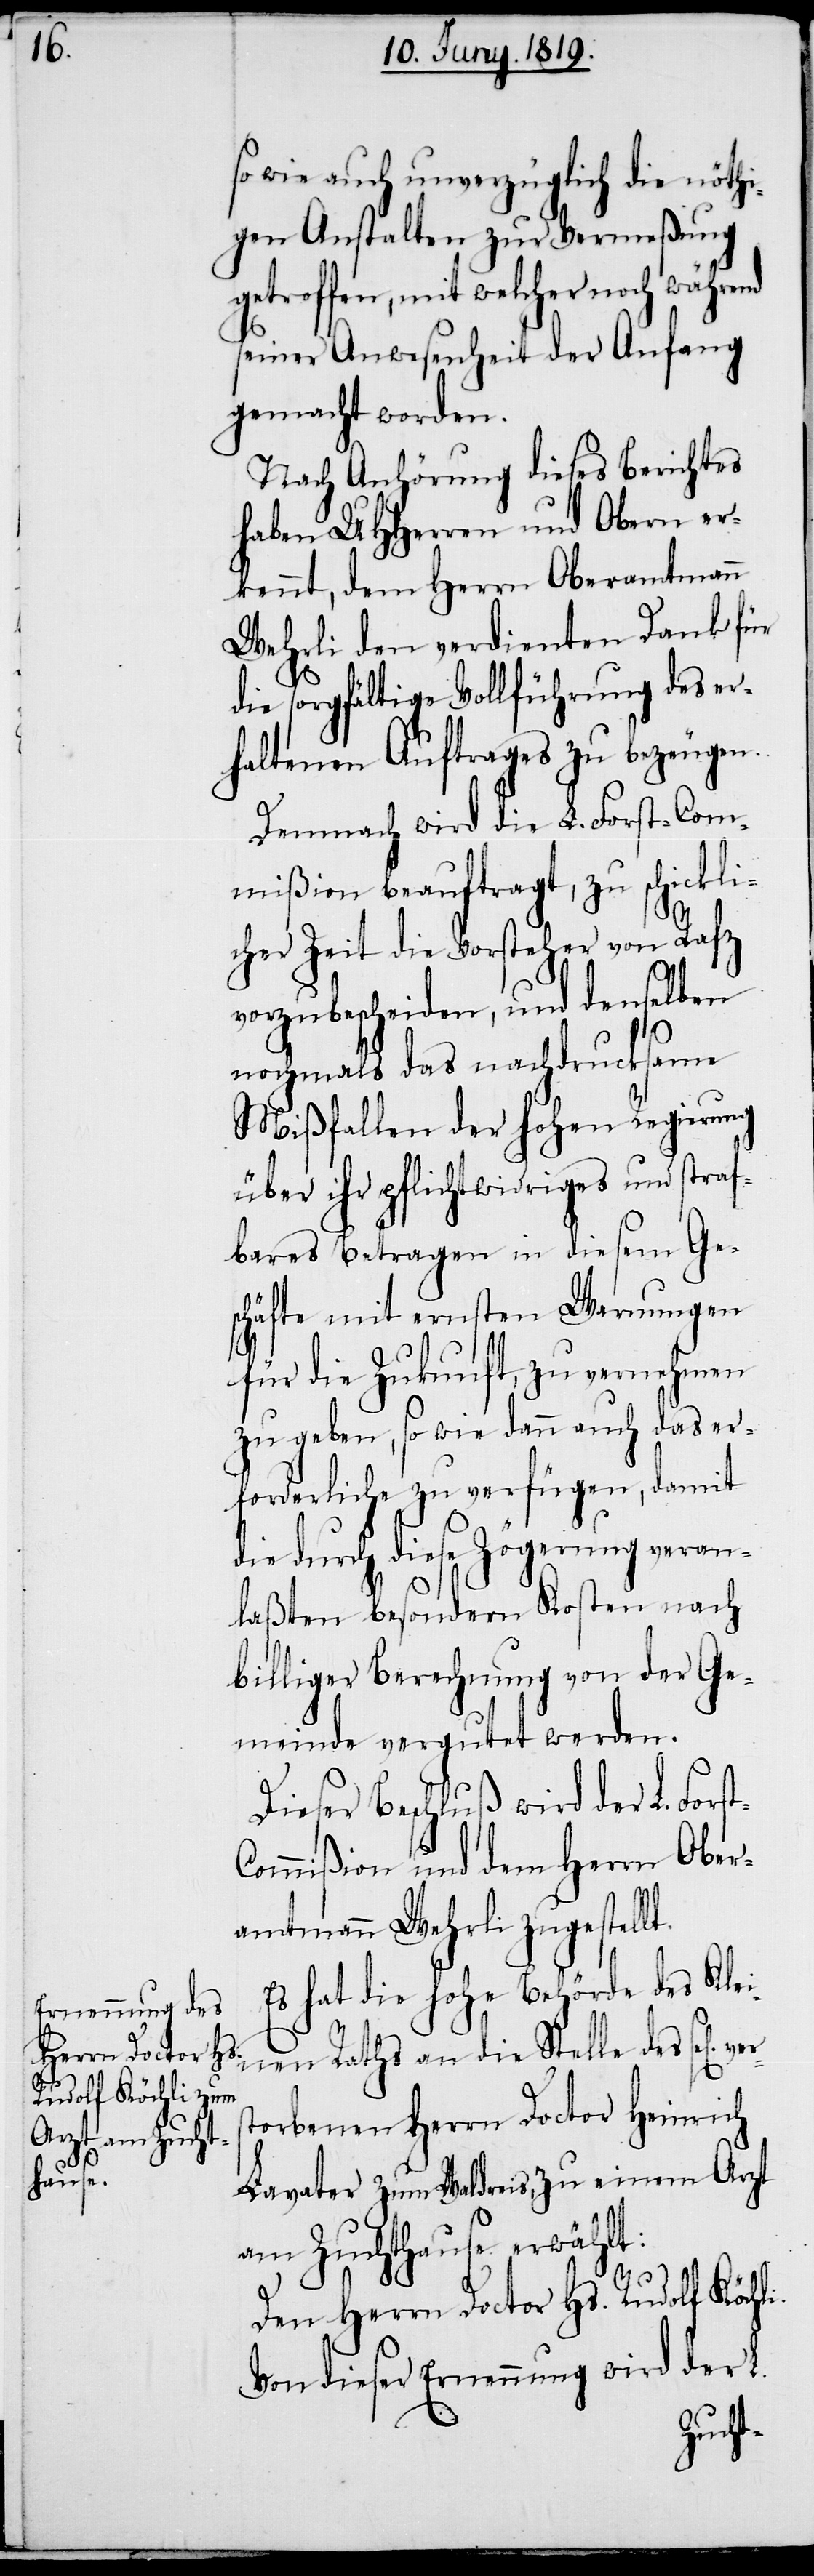
t-C¬

Herrn Doctor Hs.
Rudolf Köchli.
verst¬

so wie auch unverzüglich die nöthi¬
gen Anstalten zur Vermeßung
getroffen, mit welcher noch während
seiner Anwesenheit der Anfang
gemacht worden.
Nach Anhörung dieses Berichtes
haben UHHerren und Obern er¬
kennt, dem Herrn Oberamtmann
Wehrli den verdienten Dank für
die sorgfältige Vollführung des er¬
haltenen Auftrages zu bezeugen.
Demnach wird die L. Forst-Com¬
mißion beauftragt, zu schickli¬
cher Zeit die Vorsteher von Rafz
vorzubescheiden, und denselben
nochmals das nachdrucksame
Mißfallen der hohen Regierung
über ihr pflichtwidriges und straf¬
bares Betragen in diesem Ge¬
schäfte mit ernsten Warnungen
für die Zukunft, zu vernehmen
zu geben, so wie dann auch das er¬
forderliche zu verfügen, damit
die durch diese Zögerung veran¬
laßten besondern Kosten nach
billiger Berechnung von der Ge¬
meinde vergutet werden.
Dieser Beschluß wird der L. Fors¬
ommißion und dem Herrn Ober¬
amtmann Wehrli zugestellt.
Es hat die hohe Behörde des Klei¬
nen Raths an die Stelle des
orbenen Herrn Doctor Heinrich
Lavater zum Waldreis, zu einem Arzt
am Zuchthause erwählt:
Von dieser Ernennung wird der